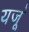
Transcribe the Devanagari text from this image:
यजूं